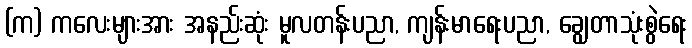
(က) ကလေးများအား အနည်းဆုံး မူလတန်းပညာ, ကျန်းမာရေးပညာ, ချွေတာသုံးစွဲရေး